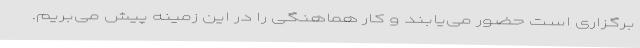
برگزاری است حضور می‌یابند و کار هماهنگی را در این زمینه پیش می‌بریم.